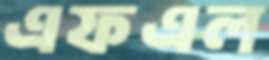
এফএল